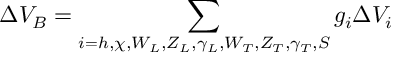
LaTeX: \Delta V _ { B } = \sum _ { i = h , \chi , W _ { L } , Z _ { L } , \gamma _ { L } , W _ { T } , Z _ { T } , \gamma _ { T } , S } g _ { i } \Delta V _ { i }